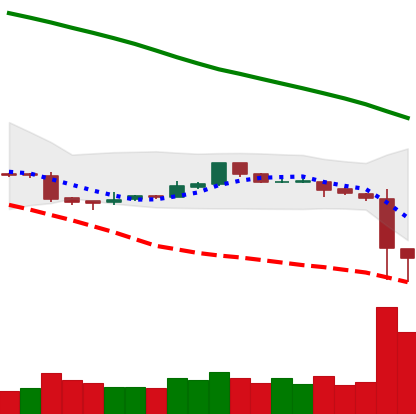
Ticker: ETC-USD
Chart end date: 2018-11-15
Forward return: -28.746%
Label: down_7plus